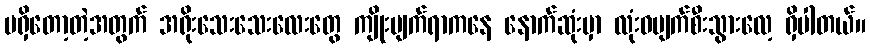
မရှိတော့တဲ့အတွက် အရိုးသေးသေးလေးတွေ ကျိုးပျက်ရာကနေ နောက်ဆုံးမှာ လုံးဝပျက်စီးသွားလေ့ ရှိပါတယ်။